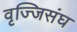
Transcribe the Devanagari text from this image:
वृज्जिसंघ